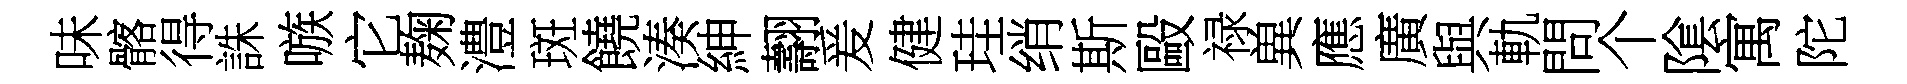
味髂得誅嗾它麹澧斑饒湊紳翿爰健珪绡斯毆禄兾應廣與軌問个隂寓陀